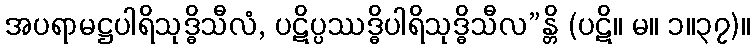
အပရာမဋ္ဌပါရိသုဒ္ဓိသီလံ, ပဋိပ္ပဿဒ္ဓိပါရိသုဒ္ဓိသီလ”န္တိ (ပဋိ။ မ။ ၁။၃၇)။